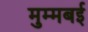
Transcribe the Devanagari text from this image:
मुम्मबई